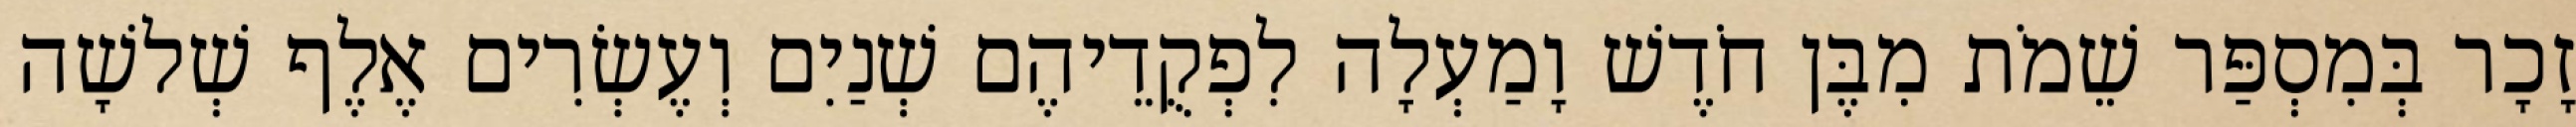
זָכָר בְּמִסְפַּר שֵׁמֹת מִבֶּן חֹדֶשׁ וָמַעְלָה לִפְקֻדֵיהֶם שְׁנַיִם וְעֶשְׂרִים אֶלֶף שְׁלשָׁה